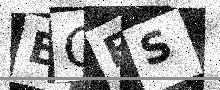
Text: EGES